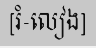
[រំ-លៀង]